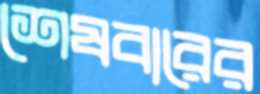
শেষবারের